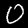
Label: 0